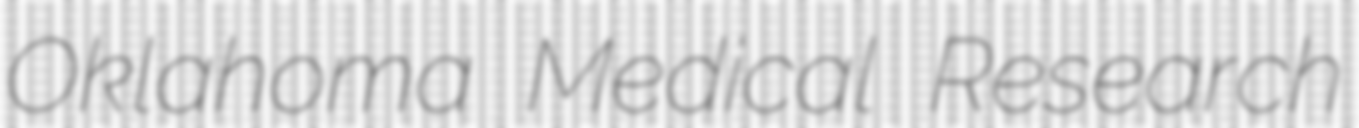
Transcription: Oklahoma Medical Research